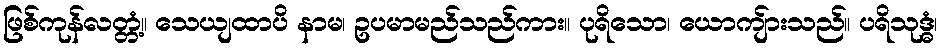
ဖြစ်ကုန်လတ္တံ့။ သေယျထာပိ နာမ၊ ဥပမာမည်သည်ကား။ ပုရိသော၊ ယောကျ်ားသည်။ ပရိသုဒ္ဓံ၊